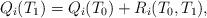
LaTeX: \begin{align*}Q_i(T_1) = Q_i(T_0) + R_i(T_0,T_1),\end{align*}